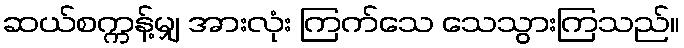
ဆယ်စက္ကန့်မျှ အားလုံး ကြက်သေ သေသွားကြသည်။